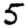
Digit: 5